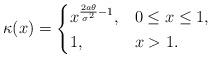
LaTeX: \begin{align*}\kappa(x)=\begin{cases} x^{\frac{2a \theta}{\sigma^{2}}-1}, & 0 \le x \le 1, \\ 1, & x >1.\end{cases}\end{align*}